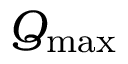
Q _ { \mathrm { m a x } }